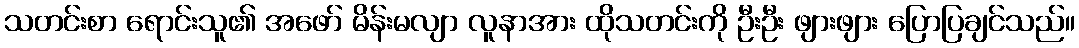
သတင်းစာ ရောင်းသူ၏ အဖော် မိန်းမလျာ လူနာအား ထိုသတင်းကို ဦးဦး ဖျားဖျား ပြောပြချင်သည်။